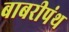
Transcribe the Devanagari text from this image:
बाबरीपंथ